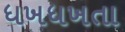
ધખધખતા